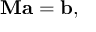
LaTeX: \mathbf { M } \mathbf { a } = \mathbf { b } ,